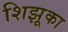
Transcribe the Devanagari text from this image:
शिझूका